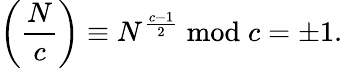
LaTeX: \left({\frac{N}{c}}\right)\equiv N^{\frac{c-1}{2}}{\bmod{c}}=\pm 1.